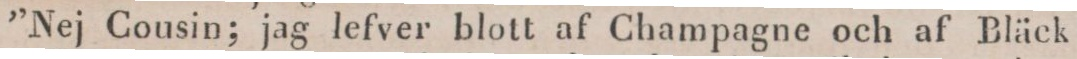
”Nej Cousin; jag lefver blott af Champagne och af Bläck!